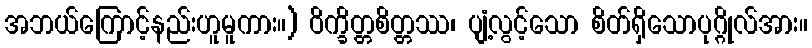
အဘယ်ကြောင့်နည်းဟူမူကား။) ဝိက္ခိတ္တစိတ္တဿ၊ ပျံ့လွင့်သော စိတ်ရှိသောပုဂ္ဂိုလ်အား။